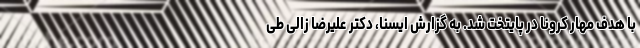
با هدف مهار کرونا در پایتخت شد. به گزارش ایسنا، دکتر علیرضا زالی طی